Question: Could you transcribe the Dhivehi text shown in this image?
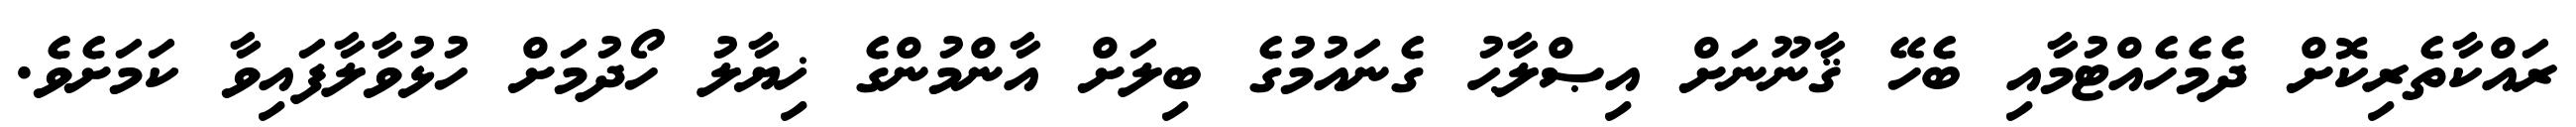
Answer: ރައްކާތެރިކޮށް ދެމެހެއްޓުމާއި ބެހޭ ޤާނޫނަށް އިޞްލާޙު ގެނައުމުގެ ބިލަށް އާންމުންގެ ޚިޔާލު ހޯދުމަށް ހުޅުވާލާފައިވާ ކަމަށެވެ.